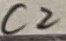
Text: C2